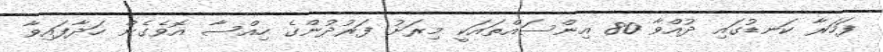
ފަހަރާ ކަނޑުގައި ދުއްވާ 80 އިންސައްތައަކީ މިރަށު ފަރުދުންގެ ހިއްސާ އޮވެގެން ހަދާފައިވާ